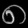
Digit: ၈